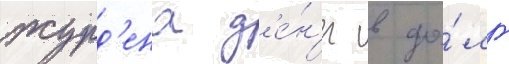
журд'ена д'е́н'ег в до́лг